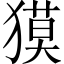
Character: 獏